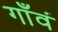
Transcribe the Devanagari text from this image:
गाँवं